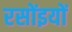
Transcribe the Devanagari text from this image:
रसोंइयों